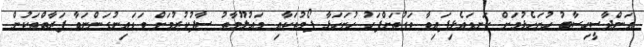
އަންދާސީހިސާބު ހުށަހެޅުމަށް ކަނޑައެޅިފައިވާ ވަގުތަށްފަހު ހުށަހަޅާ ފޯމުތަކާއި މަޢުލޫމާތު ސާފުކުރުމަށް ވަޑައިނުގަންނަވާ ފަރާތްތަކުން